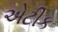
એટીક